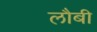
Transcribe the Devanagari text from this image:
लौबी